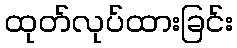
ထုတ်လုပ်ထားခြင်း